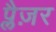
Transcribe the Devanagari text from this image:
प्लैज़र